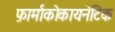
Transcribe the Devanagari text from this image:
फ़ार्माकोकायनेटिक